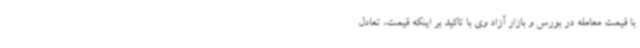
با قیمت معامله در بورس و بازار آزاد وی با تاکید بر اینکه قیمت، تعادل